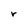
Character: r